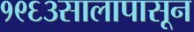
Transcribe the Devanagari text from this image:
१९६३सालापासून